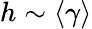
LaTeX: h\sim\langle\gamma\rangle